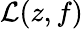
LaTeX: \mathcal{L}(z,f)